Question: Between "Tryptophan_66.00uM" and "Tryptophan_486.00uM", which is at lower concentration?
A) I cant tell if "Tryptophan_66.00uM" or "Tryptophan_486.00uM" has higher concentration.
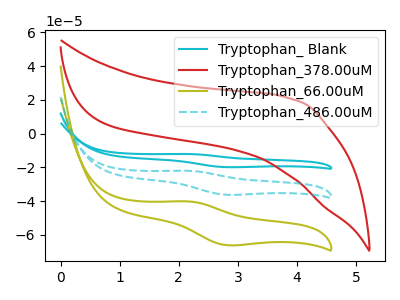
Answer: <think>The cyan curve "Tryptophan_ Blank" has an anodic peak at (2.15V, -44.00uA) and a cathodic peak at (2.80V, -72.45uA). The red curve "Tryptophan_378.00uM" has no peaks. The olive curve "Tryptophan_66.00uM" has an anodic peak at (2.15V, -40.15uA) and a cathodic peak at (2.80V, -66.05uA). The cyan dashed curve "Tryptophan_486.00uM" has an anodic peak at (2.15V, -22.00uA) and a cathodic peak at (2.80V, -36.20uA).
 All the peaks in "Tryptophan_66.00uM" have a peak in "Tryptophan_486.00uM" at the same potential.</think>
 <answer>A) I cant tell if "Tryptophan_66.00uM" or "Tryptophan_486.00uM" has higher concentration.</answer>
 <eval>A</eval>